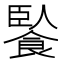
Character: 䭆